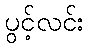
ပွင့်လင်း